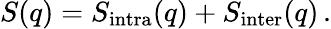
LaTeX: S(q)=S_{\mathrm{intra}}(q)+S_{\mathrm{inter}}(q)\, .